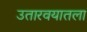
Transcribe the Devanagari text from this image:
उतारवयातला